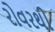
રોવરથી